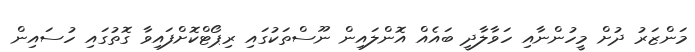
މަންޒަރު ދުށް މީހުންނާއި ހަވާލާދީ ބައެއް އޮންލައިން ނޫސްތަކުގައި ރިޕޯޓްކޮށްފައިވާ ގޮތުގައި ހުސައިން